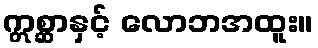
ဣစ္ဆာနှင့် လောဘအထူး။